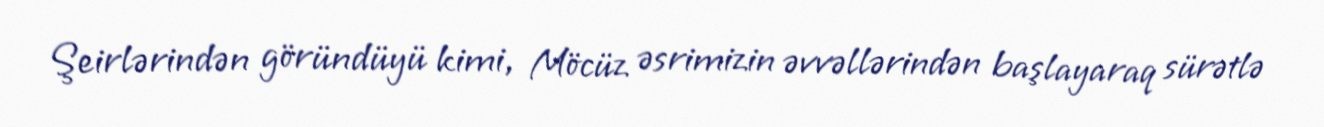
Şeirlərindən göründüyü kimi, Möcüz əsrimizin əvvəllərindən başlayaraq sürətlə